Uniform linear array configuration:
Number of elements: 64
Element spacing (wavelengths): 1
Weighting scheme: binomial
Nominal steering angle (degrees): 60
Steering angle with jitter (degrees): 58.877
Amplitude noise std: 0.05
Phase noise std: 0.05

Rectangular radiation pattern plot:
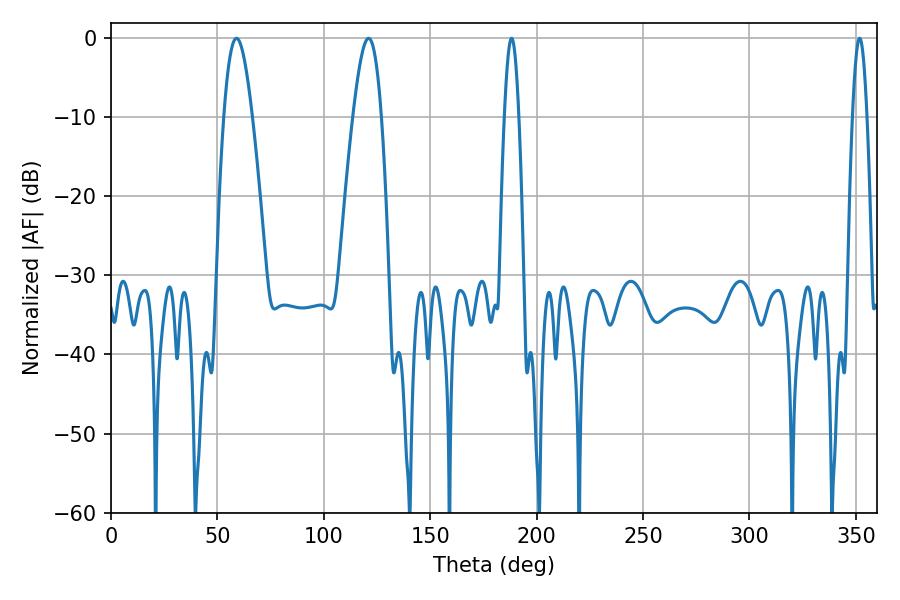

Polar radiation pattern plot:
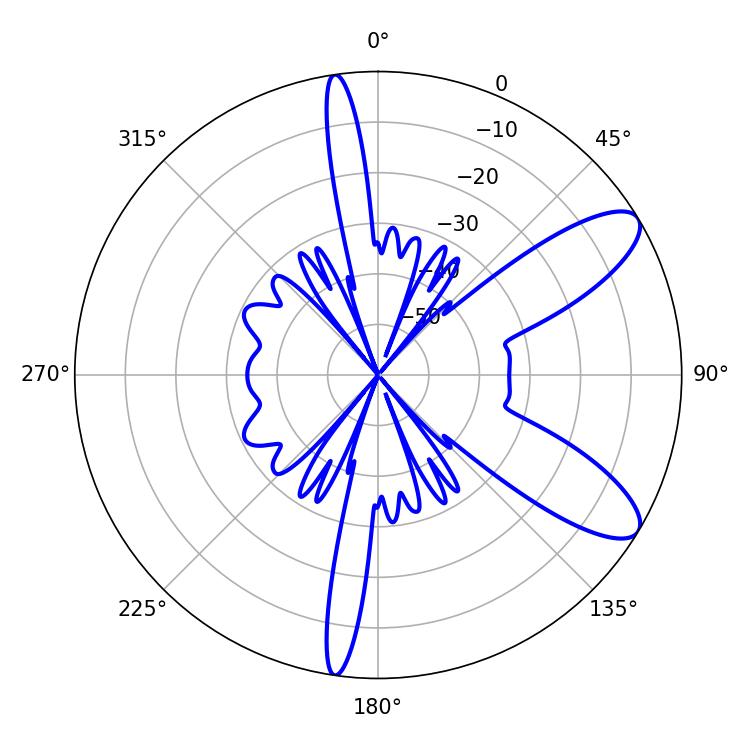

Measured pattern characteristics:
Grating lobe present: TRUE
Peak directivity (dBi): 9.673
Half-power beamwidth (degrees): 7.2
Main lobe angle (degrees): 59.04